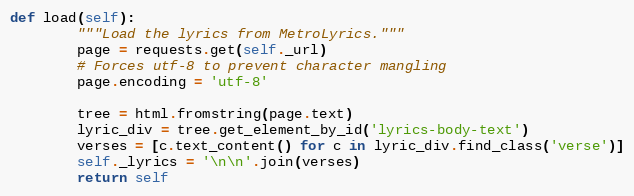
Language: Python
def load(self):
        """Load the lyrics from MetroLyrics."""
        page = requests.get(self._url)
        # Forces utf-8 to prevent character mangling
        page.encoding = 'utf-8'

        tree = html.fromstring(page.text)
        lyric_div = tree.get_element_by_id('lyrics-body-text')
        verses = [c.text_content() for c in lyric_div.find_class('verse')]
        self._lyrics = '\n\n'.join(verses)
        return self